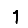
Digit: 1